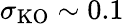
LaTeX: \sigma_{\mathrm{KO}}\sim 0.1